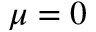
\mu = 0